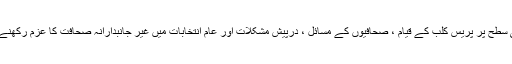
ملاقات میں پر یس کلب کورنگی کے صدر اوشاق میرانی نے گورنرسندھ کو علاقائی سطح پر پریس کلب کے قیام ، صحافیوں کے مسائل ، درپیش مشکلات اور عام انتخابات میں غیر جانبدارانہ صحافت کا عزم رکھنے والے پریس کلب کورنگی کے اغراض و مقاصد کے بارے میں تفصیل سے آگاہ کیا۔